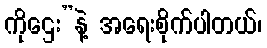
ကိုဌေး”နဲ့ အရေးစိုက်ပါတယ်၊